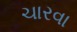
ચારવા